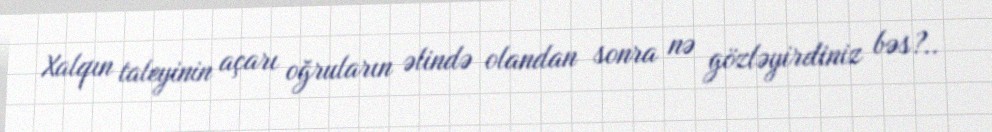
Xalqın taleyinin açarı oğruların əlində olandan sonra nə gözləyirdiniz bəs?..